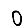
Digit: 0